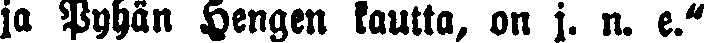
ja Pyhän Hengen kautta, on j. n. e."